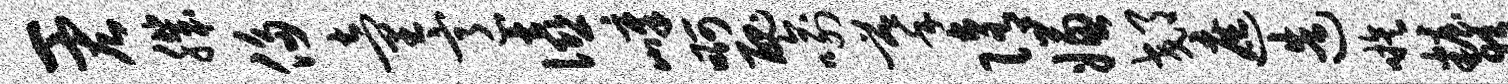
一宏肌侈童意僖嶂啊丑喻摹隋嫌郊遮造嗾妆夜